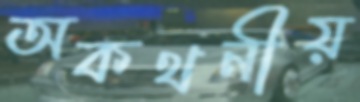
অকথনীয়